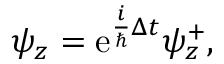
\begin{array} { r } { \psi _ { z } = \mathrm { e } ^ { \frac { i } { \hbar } \Delta t } \psi _ { z } ^ { + } , } \end{array}